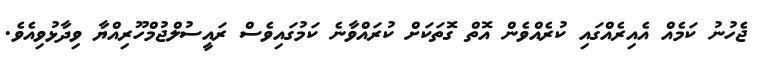
ޖެހުނު ކަމެއް އެއިރެއްގައި ކުރެއްވެން އޮތް ގޮތަކަށް ކުރައްވާނެ ކަމުގައިވެސް ރައީސުލްޖުމްހޫރިއްޔާ ވިދާޅުވިއެވެ.